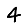
Digit: 4